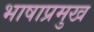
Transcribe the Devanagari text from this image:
भाषाप्रमुख